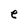
Character: e